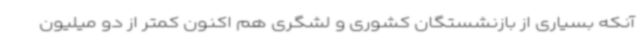
آنکه بسیاری از بازنشستگان کشوری و لشگری هم اکنون کمتر از دو میلیون